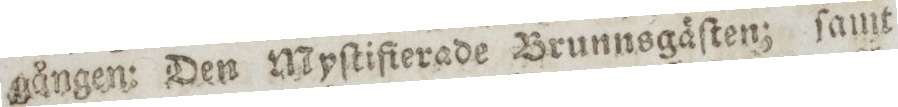
gången: Den Myſtifierade Brunnsgäſten; ſamt